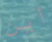
أين